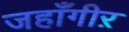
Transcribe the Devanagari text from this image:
जहाँगीऱ